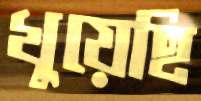
খুয়েছি